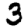
Digit: 3